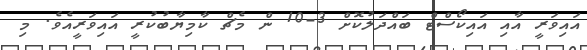
އައިވަރީ އާއި އައިކޯސްޓް ބައްދަލުކޮށް 3-10 ން މެޗް ކާމިޔާބުކުރީ އައިވަރީއެވެ. މި